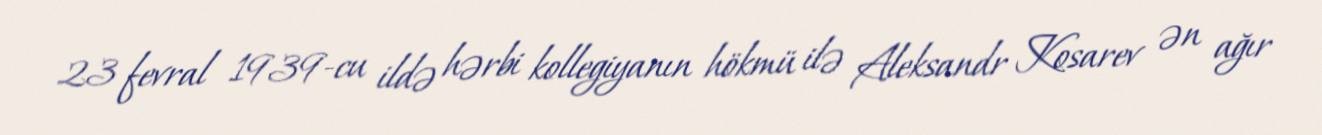
23 fevral 1939-cu ildə hərbi kollegiyanın hökmü ilə Aleksandr Kosarev ən ağır